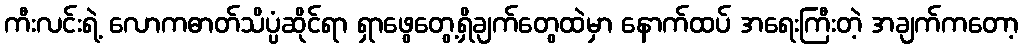
ကီးလင်းရဲ့ လောကဓာတ်သိပ္ပံဆိုင်ရာ ရှာဖွေတွေ့ရှိချက်တွေထဲမှာ နောက်ထပ် အရေးကြီးတဲ့ အချက်ကတော့